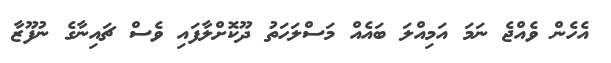
އެހެން ވެއްޖެ ނަމަ އަމިއްލަ ބައެއް މަސްލަހަތު ދޫކޮށްލާފައި ވެސް ޗައިނާގެ ނުފޫޒާ